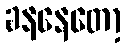
ခနနေတော့